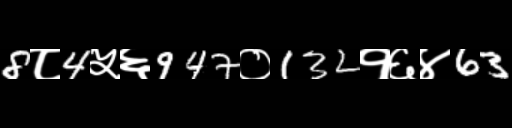
Text: 8८4५६947०132१६४63